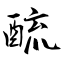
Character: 酼